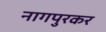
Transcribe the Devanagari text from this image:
नागपुरकर